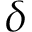
\delta